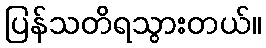
ပြန်သတိရသွားတယ်။